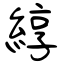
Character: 綧